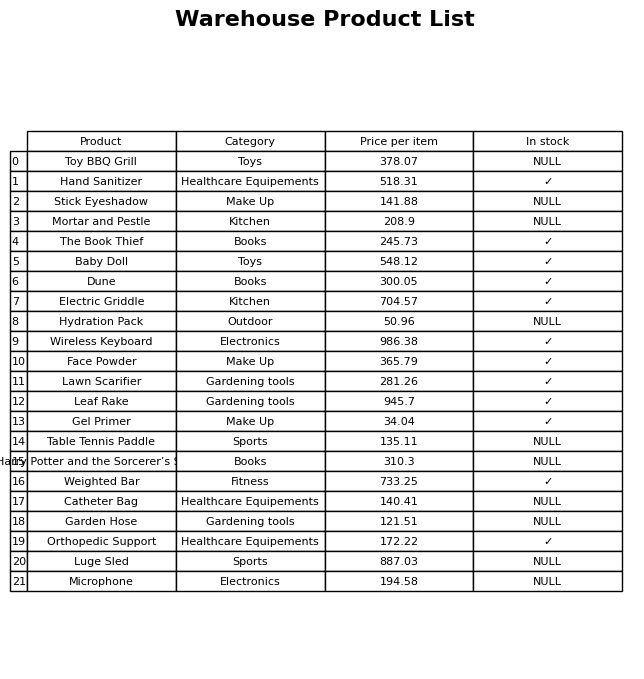
question: What is the stock status of the Electric Griddle?
answer: ✓